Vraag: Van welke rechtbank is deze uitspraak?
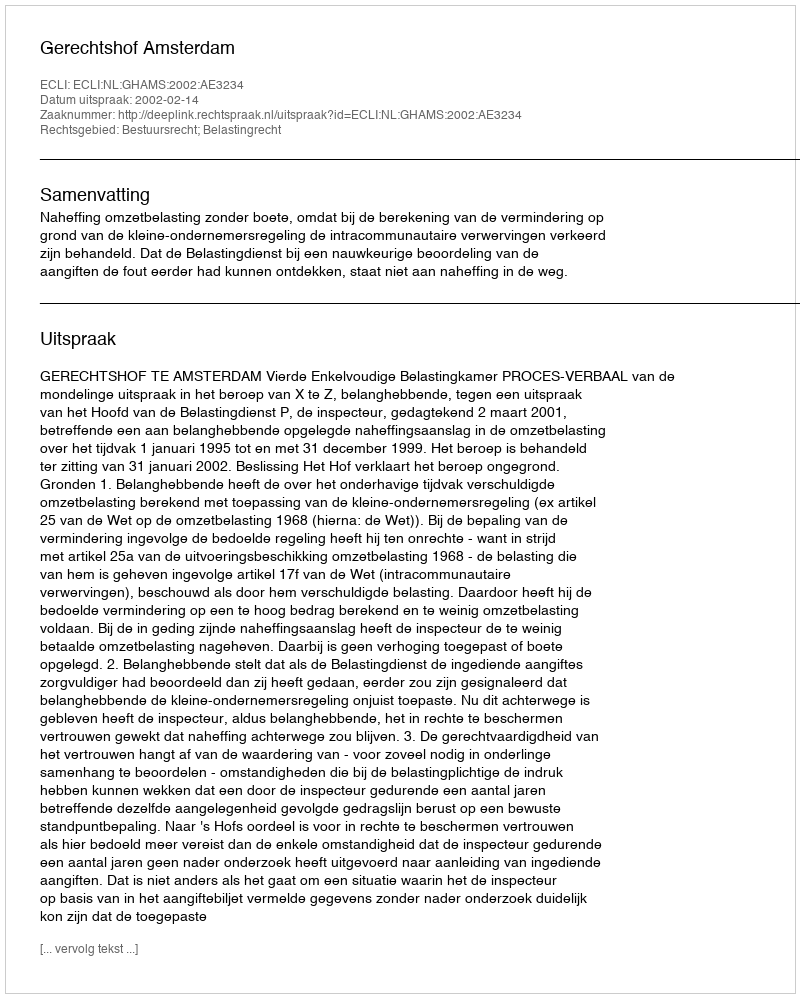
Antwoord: Gerechtshof Amsterdam